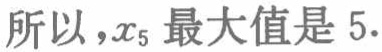
所以，\(x_{5}\) 最大值是 \(5\).